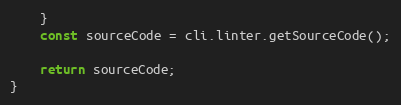
Language: JavaScript
    }
    const sourceCode = cli.linter.getSourceCode();

    return sourceCode;
}